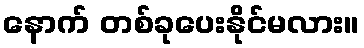
နောက် တစ်ခုပေးနိုင်မလား။